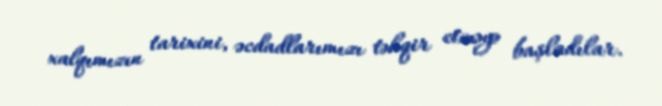
xalqımızın tarixini, əcdadlarımızı təhqir etməyə başladılar.